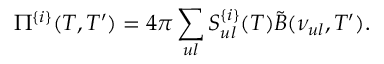
\Pi ^ { \{ i \} } ( T , T ^ { \prime } ) = 4 \pi \sum _ { u l } S _ { u l } ^ { \{ i \} } ( T ) \tilde { B } ( \nu _ { u l } , T ^ { \prime } ) .